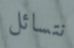
نتسائل